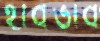
হাবভাব